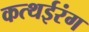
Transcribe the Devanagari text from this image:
कत्थईरंग